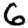
Digit: 6